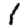
Digit: 1